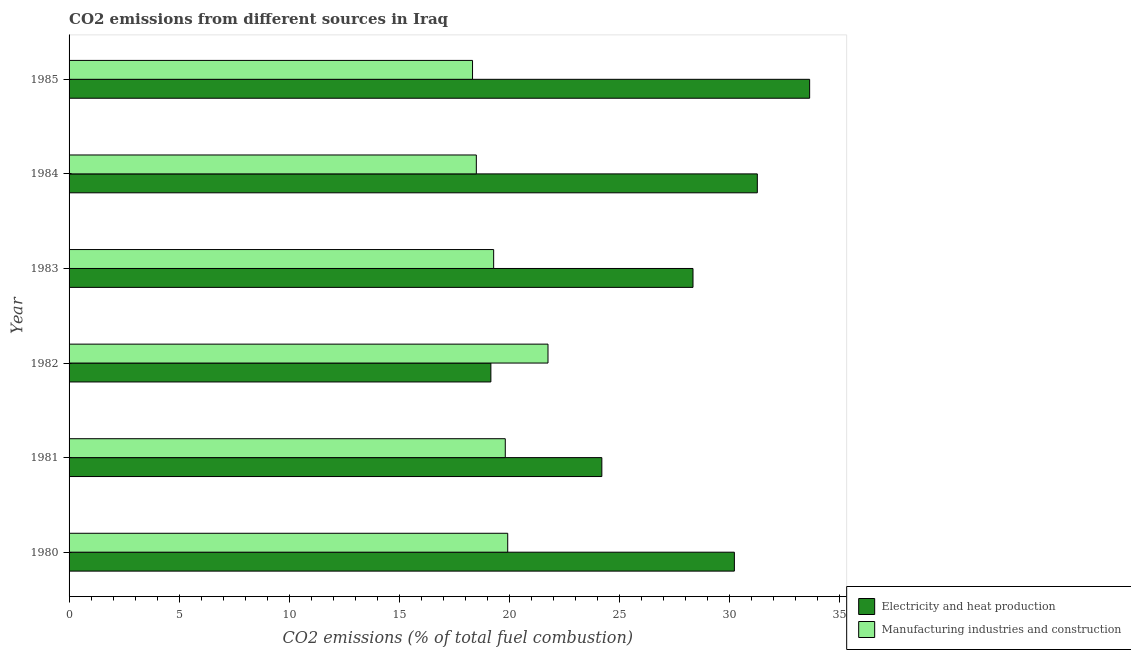
| Year | Electricity and heat production | Manufacturing industries and construction |
 | --- | --- | --- |
 | 1980 | 30.2 | 19.9 |
 | 1981 | 24.2 | 19.8 |
 | 1982 | 19.2 | 21.8 |
 | 1983 | 28.3 | 19.3 |
 | 1984 | 31.3 | 18.5 |
 | 1985 | 33.6 | 18.3 |